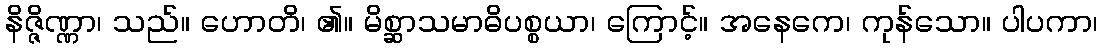
နိဇ္ဇိဏ္ဏာ၊ သည်။ ဟောတိ၊ ၏။ မိစ္ဆာသမာဓိပစ္စယာ၊ ကြောင့်။ အနေကေ၊ ကုန်သော။ ပါပကာ၊